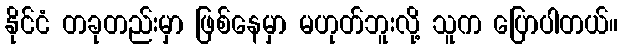
နိုင်ငံ တခုတည်းမှာ ဖြစ်နေမှာ မဟုတ်ဘူးလို့ သူက ပြောပါတယ်။